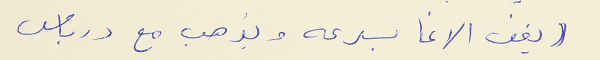
((يقف الاغا بسرعه ويذهب مع درباس